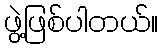
ဖွဲ့ဖြစ်ပါတယ်။